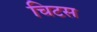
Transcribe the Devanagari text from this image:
चिटस